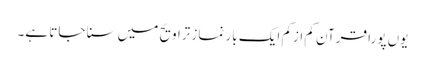
یوں پورا قرآن کم ازکم ایک بار نماز تراویح میں سنا جاتا ہے۔